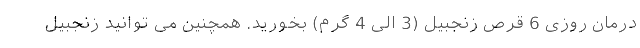
درمان روزی 6 قرص زنجبیل (3 الی 4 گرم) بخورید. همچنین می توانید زنجبیل